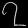
Digit: ၇